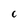
Character: c